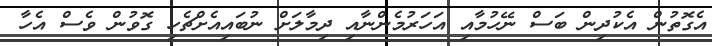
އެގޮތުން އެކުދިން ބަސް ނޭހުމާއި އަހަރުމެންނާއި ދިމާލަށް ނުބައިއެށްޗެހި ގޮވުން ވެސް އެހާ